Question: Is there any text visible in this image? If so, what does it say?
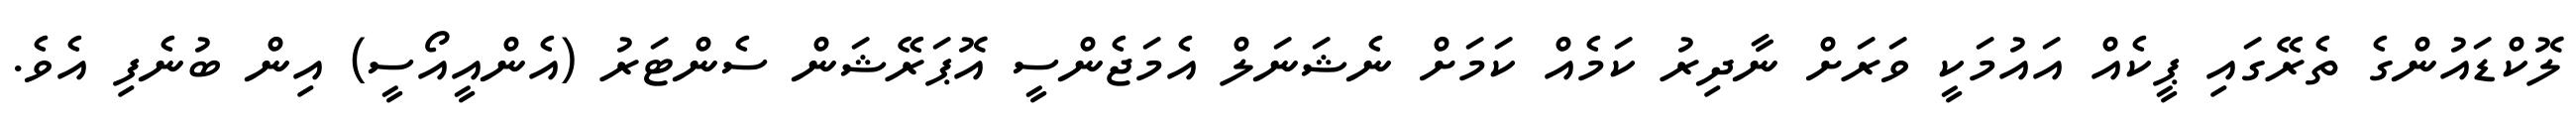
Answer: ލޮކްޑައުންގެ ތެރޭގައި ޕީކެއް އައުމަކީ ވަރަށް ނާދިރު ކަމެއް ކަމަށް ނެޝަނަލް އެމަޖެންސީ އޮޕަރޭޝަން ސެންޓަރު (އެންއީއޯސީ) އިން ބުނެފި އެވެ.